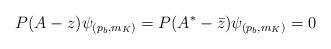
LaTeX: \begin{align*} P (A-z) \psi_{(p_b,m_K)}=P (A^*-\bar{z})\psi_{(p_b,m_K)}=0\end{align*}